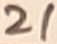
Text: 21